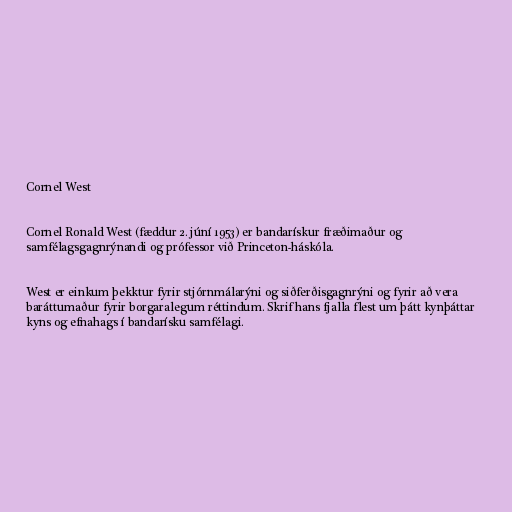
Cornel West

Cornel Ronald West (fæddur 2. júní 1953) er bandarískur fræðimaður og
samfélagsgagnrýnandi og prófessor við Princeton-háskóla.

West er einkum þekktur fyrir stjórnmálarýni og siðferðisgagnrýni og fyrir að vera
baráttumaður fyrir borgaralegum réttindum. Skrif hans fjalla flest um þátt kynþáttar
kyns og efnahags í bandarísku samfélagi.